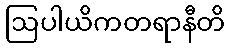
ဩပါယိကတရာနီတိ